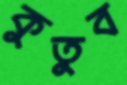
কুতুব